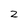
Character: 2